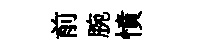
前腕憤